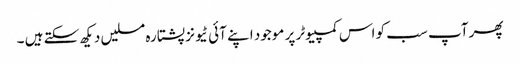
پھر آپ سب کو اس کمپیوٹر پر موجود اپنے آئی ٹیونز پشتارہ مسلیں دیکھ سکتے ہیں ۔